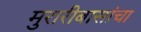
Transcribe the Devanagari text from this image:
मुरारीबासांचा